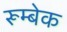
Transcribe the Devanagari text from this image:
रूम्बेक